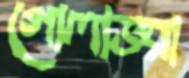
গোলাভরা